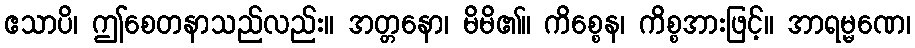
ဧသာပိ၊ ဤစေတနာသည်လည်း။ အတ္တနော၊ မိမိ၏။ ကိစ္စေန၊ ကိစ္စအားဖြင့်။ အာရမ္မဏေ၊